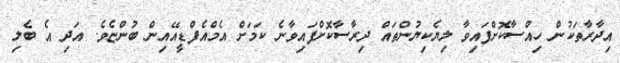
އިދާރާތަކުން ހިއްސާކޮށްފައިވާ ލިޔެކިޔުންތައް ދިރާސާކޮށްފައިވާނެ ކަމަށް އެމްއެފްޑީއޭއިން ބުންޏެވެ. އަދި އެ ބެލި